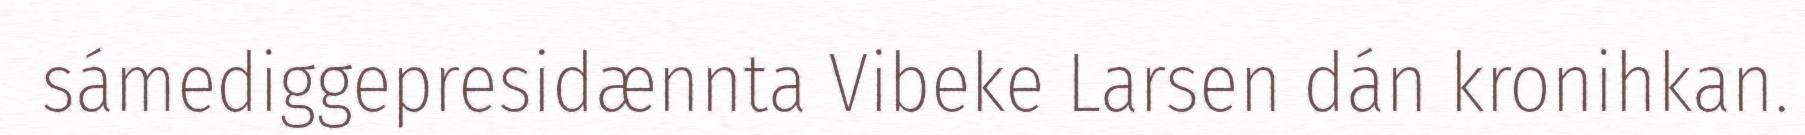
sámediggepresidænnta Vibeke Larsen dán kronihkan.